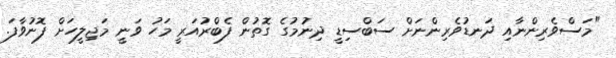
"މަސްވެރިންނާއި ދަނޑުވެރިންނަށް ސަބްސިޑީ ދިނުމުގެ ގޮތުން ފެބްރުއަރީ މަހު ވަނީ މަޖިލީހަށް ފޮނުވާފަ.